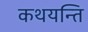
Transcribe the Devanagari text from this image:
कथयन्ति